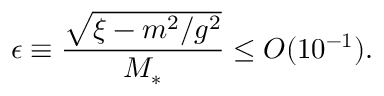
\epsilon \equiv \frac { \sqrt { \xi - m ^ { 2 } / g ^ { 2 } } } { M _ { * } } \leq O ( 1 0 ^ { - 1 } ) .